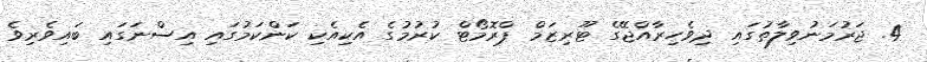
4. ޖަރުމަނުވިލާތުގައި ދިވެހިރާއްޖޭގެ ޓޫރިޒަމް ޕްރޮމޯޓް ކުރުމުގެ އެކިއެކި ކަންކަމުގައި އިސްނަގައި ބައިވެރިވެ